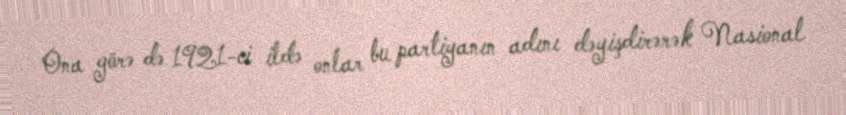
Ona görə də 1921-ci ildə onlar bu partiyanın adını dəyişdirərək Nasional